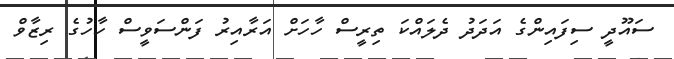
ސައޫދީ ސިފައިންގެ އަދަދު ދެލައްކަ ތިރީސް ހާހަށް އަރާއިރު ފަންސަވީސް ހާހުގެ ރިޒާވް